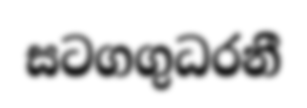
සටගගුධරනී